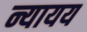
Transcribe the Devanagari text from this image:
न्यायय